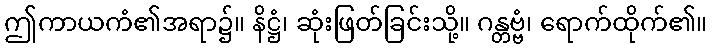
ဤကာယကံ၏အရာ၌။ နိဋ္ဌံ၊ ဆုံးဖြတ်ခြင်းသို့။ ဂန္တဗ္ဗံ၊ ရောက်ထိုက်၏။